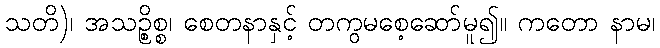
သတိ)၊ အသဉ္စိစ္စ၊ စေတနာနှင့် တကွမစေ့ဆော်မူ၍။ ကတော နာမ၊